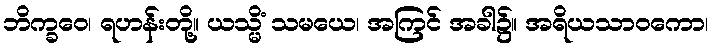
ဘိက္ခဝေ၊ ရဟန်းတို့။ ယသ္မိံ သမယေ၊ အကြင် အခါ၌။ အရိယသာဝကော၊